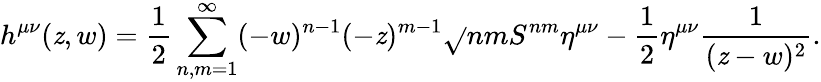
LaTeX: h^{\mu\nu}(\mathit{z},w)=\frac{{1}}{{2}}\sum_{n,m=1}^{\infty}(-w)^{n-1}(-\mathit{z})^{m-1}\sqrt{}{{nm}}S^{nm}\eta^{\mu\nu}-\frac{{1}}{{2}}\eta^{\mu\nu}\frac{{1}}{{(\mathit{z}-w)^{2}}}.